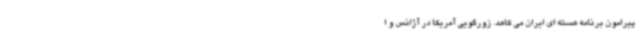
پیرامون برنامه هسته ای ایران می کاهد. زورگویی آمریکا در آژانس و ا